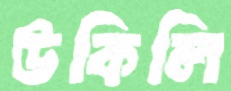
উকিলি